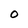
Character: O